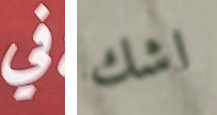
في اشك